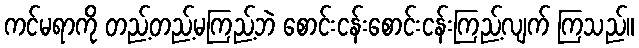
ကင်မရာကို တည့်တည့်မကြည့်ဘဲ စောင်းငန်းစောင်းငန်းကြည့်လျက် ကြသည်။